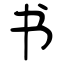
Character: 书